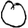
Digit: 0